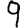
Digit: 9